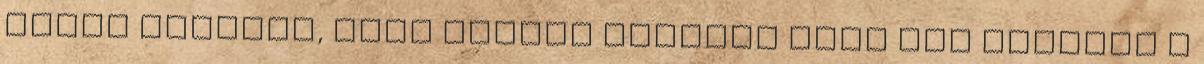
attól függően, hogy milyen gyakran kéri egy játékos a